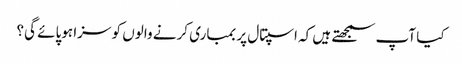
کیا آپ سمجھتے ہیں کہ اسپتال پر بمباری کرنے والوں کو سزا ہوپائے گی؟